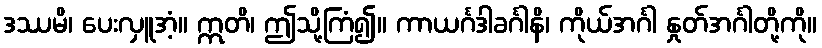
ဒဿမိ၊ ပေးလှူအံ့။ ဣတိ၊ ဤသို့ကြံ၍။ ကာယင်္ဂဒါခင်္ဂါနိ၊ ကိုယ်အင်္ဂါ နှုတ်အင်္ဂါတို့ကို။